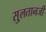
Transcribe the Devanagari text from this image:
सु्लतानजी